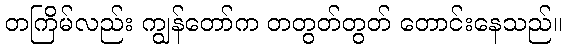
တကြိမ်လည်း ကျွန်တော်က တတွတ်တွတ် တောင်းနေသည်။